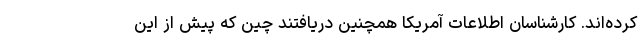
کرده‌اند. کارشناسان اطلاعات آمریکا همچنین دریافتند چین که پیش از این